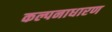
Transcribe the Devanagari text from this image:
कल्पनाधारण